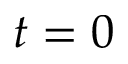
t = 0